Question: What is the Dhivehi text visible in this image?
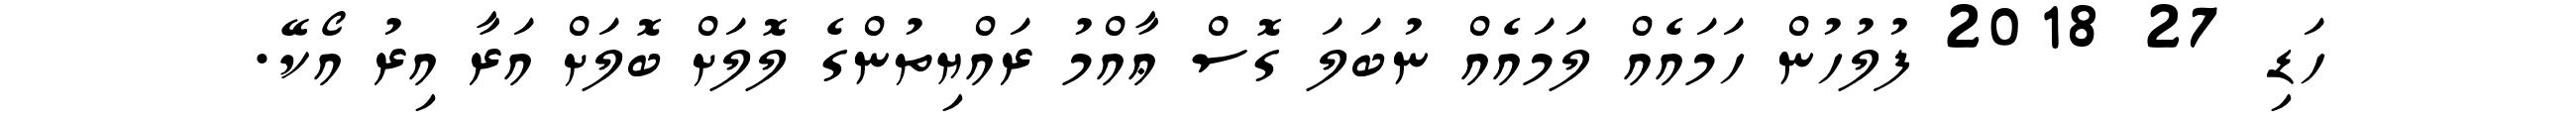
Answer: ހަޑި 27 2018 ފުލުހުން ހަމައެއް ލަމައެއް ނުބަލަ ގޮސް ޢާއްމު ރައްޔިތުންގެ ލޮލަށް ބޮލަށް އަރާ އިރު އޯކޭ.